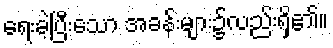
ရေးခဲ့ပြီးသော အခန်းများ၌လည်းရှိ၏။